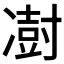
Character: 𫥙